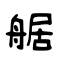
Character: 艍